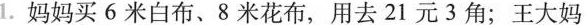
1.妈妈买6米白布、8米花布，用去21元3角；王大妈